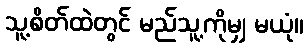
သူ့စိတ်ထဲတွင် မည်သူ့ကိုမျှ မယုံ။